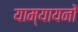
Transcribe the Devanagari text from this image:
याम्यायनों